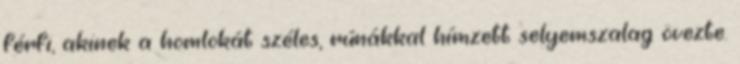
férfi, akinek a homlokát széles, rúnákkal hímzett selyemszalag övezte.